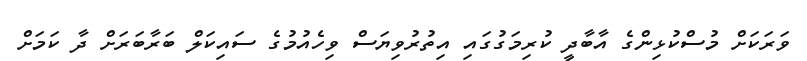
ވަރަކަށް މުސްކުޅިންގެ އާބާދީ ކުރިމަގުގައި އިތުރުވިޔަސް ވިހެއުމުގެ ސައިކަލް ބަރާބަރަށް ދާ ކަމަށް